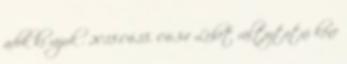
adok ki rájuk . 2018.06.18. 06:34 Lehet változtatni kéne